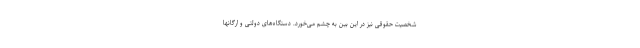
شخصیت حقوقی نیز در این بین به چشم می‌خورد. دستگاه‌های دولتی و ارگانها